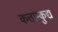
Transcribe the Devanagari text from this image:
कत्तान्कुद्य